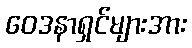
ဝေဒနာရှင်များအား